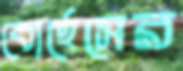
বোর্হেসের